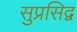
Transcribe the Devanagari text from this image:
सुप्रसिद्व